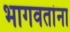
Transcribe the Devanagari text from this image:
भागवतांना